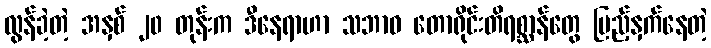
လွန်ခဲ့တဲ့ အနှစ် ၂၀ တုန်းက ဒီနေရာဟာ သဘာဝ တောရိုင်းတိရစ္ဆာန်တွေ ပြည့်နှက်နေတဲ့